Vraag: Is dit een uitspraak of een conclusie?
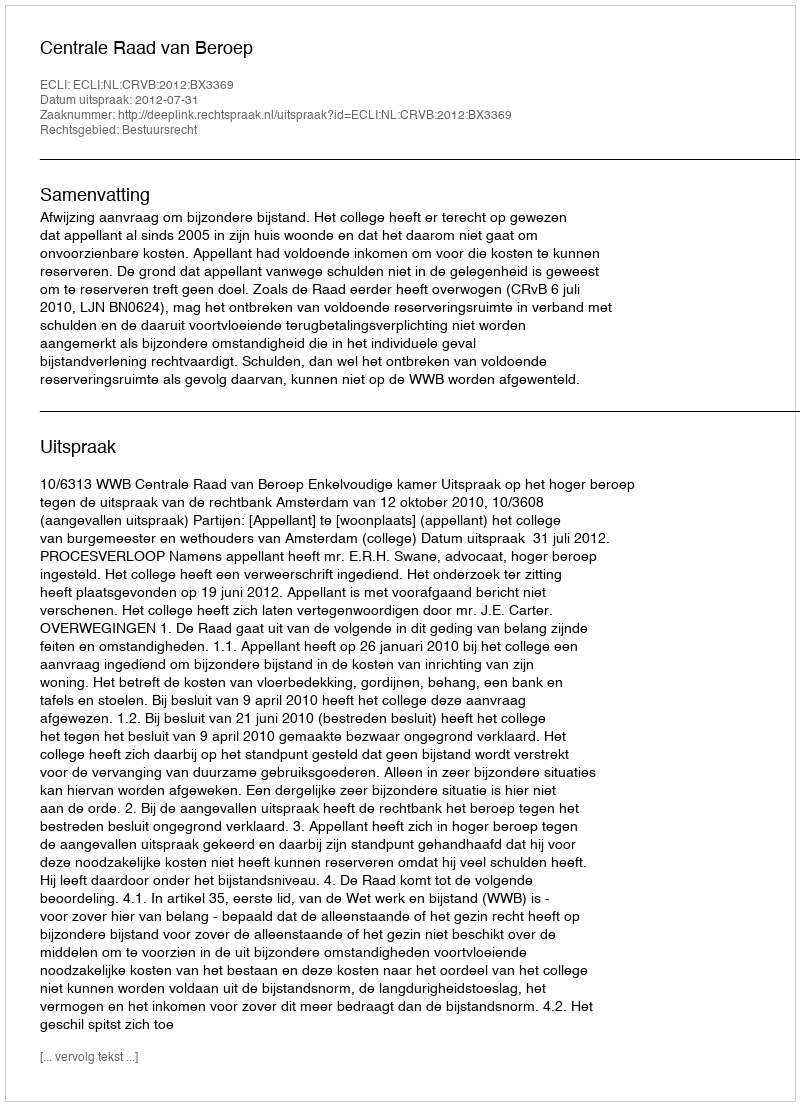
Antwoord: Uitspraak